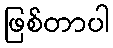
ဖြစ်တာပါ